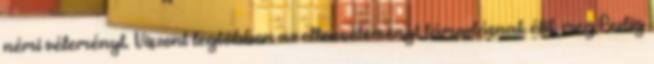
némi véleményt. Viszont legtöbben az ellenvéleményt támadásnak élik meg.Pedig